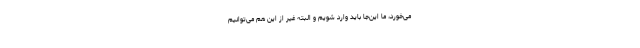
می‌خورد، ما این‌جا باید وارد شویم و البته غیر از این هم می‌توانیم